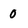
Character: 0